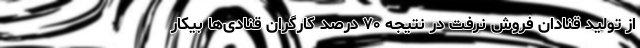
از تولید قنادان فروش نرفت در نتیجه ۷۰ درصد کارگران قنادی‌ها بیکار